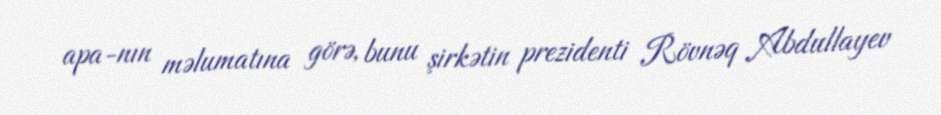
apa-nın məlumatına görə, bunu şirkətin prezidenti Rövnəq Abdullayev